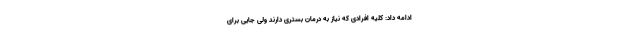
ادامه داد: کلیه افرادی که نیاز به درمان بستری دارند ولی جایی برای